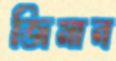
জিমান